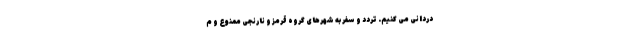
دردانی می کنیم. تردد و سفر به شهرهای گروه قرمز و نارنجی ممنوع و م